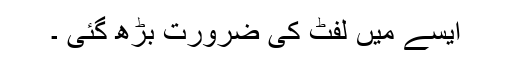
ایسے میں لفٹ کی ضرورت بڑھ گئی ۔